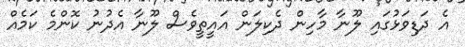
އެ ދަޑިވަޅުގައި ލޫނާ މާހިން ދެކިލަން އައީތީވެސް ލޫނާ އެދުނު ކޮންމެ ކަމެއް